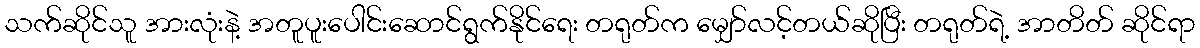
သက်ဆိုင်သူ အားလုံးနဲ့ အတူပူးပေါင်းဆောင်ရွက်နိုင်ရေး တရုတ်က မျှော်လင့်တယ်ဆိုပြီး တရုတ်ရဲ့ အာတိတ် ဆိုင်ရာ